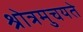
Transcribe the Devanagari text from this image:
श्रोत्रमुचयते